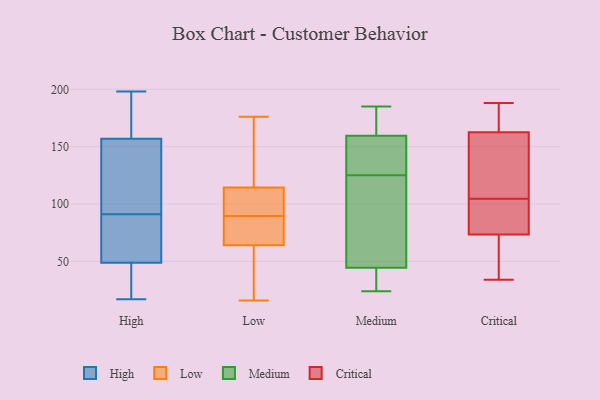
{"axis": {"x": "Latency (ms)", "y": "Value"}, "legend": ["Critical", "High", "Low", "Medium"], "data": [{"x": "", "y": 124, "type": "High"}, {"x": "", "y": 172, "type": "High"}, {"x": "", "y": 34, "type": "High"}, {"x": "", "y": 51, "type": "High"}, {"x": "", "y": 198, "type": "High"}, {"x": "", "y": 48, "type": "High"}, {"x": "", "y": 62, "type": "High"}, {"x": "", "y": 17, "type": "High"}, {"x": "", "y": 160, "type": "High"}, {"x": "", "y": 91, "type": "High"}, {"x": "", "y": 148, "type": "High"}, {"x": "", "y": 133, "type": "Low"}, {"x": "", "y": 176, "type": "Low"}, {"x": "", "y": 65, "type": "Low"}, {"x": "", "y": 58, "type": "Low"}, {"x": "", "y": 93, "type": "Low"}, {"x": "", "y": 55, "type": "Low"}, {"x": "", "y": 163, "type": "Low"}, {"x": "", "y": 90, "type": "Low"}, {"x": "", "y": 165, "type": "Low"}, {"x": "", "y": 94, "type": "Low"}, {"x": "", "y": 96, "type": "Low"}, {"x": "", "y": 73, "type": "Low"}, {"x": "", "y": 16, "type": "Low"}, {"x": "", "y": 63, "type": "Low"}, {"x": "", "y": 71, "type": "Low"}, {"x": "", "y": 89, "type": "Low"}, {"x": "", "y": 59, "type": "Medium"}, {"x": "", "y": 163, "type": "Medium"}, {"x": "", "y": 168, "type": "Medium"}, {"x": "", "y": 43, "type": "Medium"}, {"x": "", "y": 185, "type": "Medium"}, {"x": "", "y": 125, "type": "Medium"}, {"x": "", "y": 49, "type": "Medium"}, {"x": "", "y": 152, "type": "Medium"}, {"x": "", "y": 24, "type": "Medium"}, {"x": "", "y": 119, "type": "Medium"}, {"x": "", "y": 161, "type": "Medium"}, {"x": "", "y": 36, "type": "Medium"}, {"x": "", "y": 155, "type": "Medium"}, {"x": "", "y": 26, "type": "Medium"}, {"x": "", "y": 150, "type": "Medium"}, {"x": "", "y": 34, "type": "Critical"}, {"x": "", "y": 175, "type": "Critical"}, {"x": "", "y": 66, "type": "Critical"}, {"x": "", "y": 98, "type": "Critical"}, {"x": "", "y": 81, "type": "Critical"}, {"x": "", "y": 132, "type": "Critical"}, {"x": "", "y": 124, "type": "Critical"}, {"x": "", "y": 170, "type": "Critical"}, {"x": "", "y": 155, "type": "Critical"}, {"x": "", "y": 110, "type": "Critical"}, {"x": "", "y": 39, "type": "Critical"}, {"x": "", "y": 99, "type": "Critical"}, {"x": "", "y": 188, "type": "Critical"}, {"x": "", "y": 82, "type": "Critical"}, {"x": "", "y": 65, "type": "Critical"}, {"x": "", "y": 172, "type": "Critical"}]}